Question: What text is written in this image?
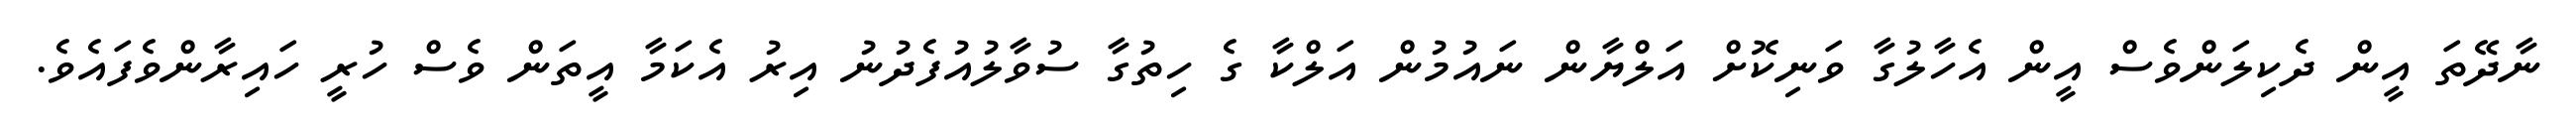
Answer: ނާދޭތަ އީން ދެކިލަންވެސް އީން އެހާލުގާ ވަނިކޮށް އަލްޔާން ނައުމުން އަލްކާ ގެ ހިތުގާ ސުވާލުއުފެދުނު އިރު އެކަމާ އީތަން ވެސް ހުރީ ހައިރާންވެފައެވެ.